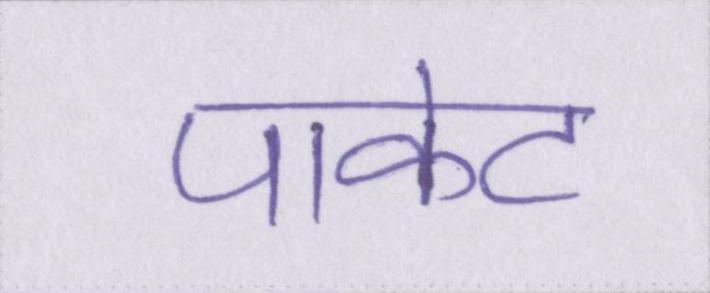
पाकेट